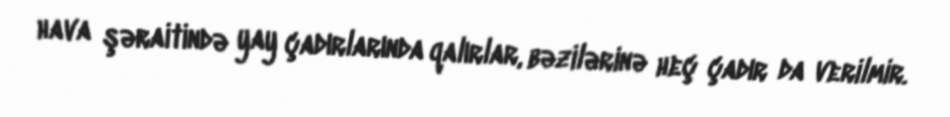
hava şəraitində yay çadırlarında qalırlar, bəzilərinə heç çadır da verilmir.